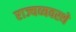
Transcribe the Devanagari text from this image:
राज्यव्यवस्थे